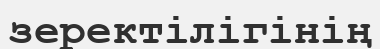
зеректілігінің